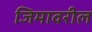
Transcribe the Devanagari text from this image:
जिमावरील